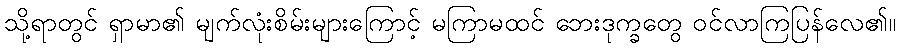
သို့ရာတွင် ရှာမာ၏ မျက်လုံးစိမ်းများကြောင့် မကြာမထင် ဘေးဒုက္ခတွေ ဝင်လာကြပြန်လေ၏။